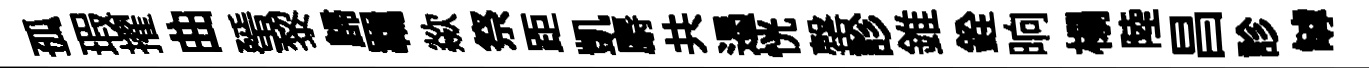
孤瑕擢曲蜑黎歸羈歘祭距凱麝共遏恍罄診錐銓晌榻陸昌診罅